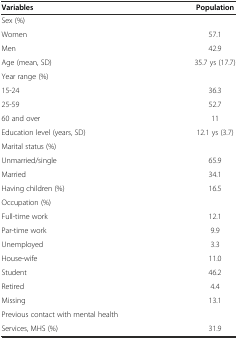
<table><thead><tr><td><b>Variables</b></td><td><b>Population</b></td></tr></thead><tbody><tr><td>Sex (%)</td><td></td></tr><tr><td>Women</td><td>57.1</td></tr><tr><td>Men</td><td>42.9</td></tr><tr><td>Age (mean, SD)</td><td>35.7 ys (17.7)</td></tr><tr><td>Year range (%)</td><td></td></tr><tr><td>15-24</td><td>36.3</td></tr><tr><td>25-59</td><td>52.7</td></tr><tr><td>60 and over</td><td>11</td></tr><tr><td>Education level (years, SD)</td><td>12.1 ys (3.7)</td></tr><tr><td>Marital status (%)</td><td></td></tr><tr><td>Unmarried/single</td><td>65.9</td></tr><tr><td>Married</td><td>34.1</td></tr><tr><td>Having children (%)</td><td>16.5</td></tr><tr><td>Occupation (%)</td><td></td></tr><tr><td>Full-time work</td><td>12.1</td></tr><tr><td>Par-time work</td><td>9.9</td></tr><tr><td>Unemployed</td><td>3.3</td></tr><tr><td>House-wife</td><td>11.0</td></tr><tr><td>Student</td><td>46.2</td></tr><tr><td>Retired</td><td>4.4</td></tr><tr><td>Missing</td><td>13.1</td></tr><tr><td>Previous contact with mental health</td><td></td></tr><tr><td>Services, MHS (%)</td><td>31.9</td></tr></tbody></table>